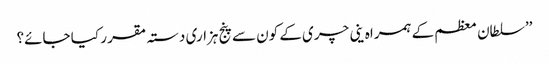
’’سلطان معظم کے ہمراہ ینی چری کے کون سے پنج ہزاری دستہ مقر ر کیا جائے؟